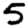
Digit: 5